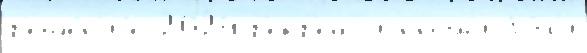
р'еше́н'иjе 2024 р'екр'еационным'и бы́л'и